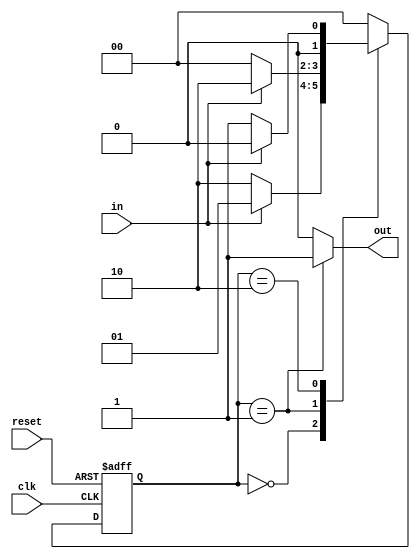
module MooreStateMachine (
    input clk, // Clock input
    input reset, // Reset input
    input in, // Input signal
    output reg out // Output signal
);

// Define states
parameter stateA = 2'b00;
parameter stateB = 2'b01;
parameter stateC = 2'b10;

// Define output values for each state
always @(*) begin
    case (state)
        stateA: out = 1'b0;
        stateB: out = 1'b1;
        stateC: out = 1'b0;
        default: out = 1'b0;
    endcase
end

// Define state and next state logic
reg [1:0] state, nextState;
always @(posedge clk or posedge reset) begin
    if (reset) begin
        state <= stateA;
    end else begin
        state <= nextState;
    end
end

// State transition logic based on inputs
always @(*) begin
    case (state)
        stateA: begin
            if (in) begin
                nextState = stateB;
            end else begin
                nextState = stateC;
            end
        end
        stateB: begin
            if (in) begin
                nextState = stateC;
            end else begin
                nextState = stateA;
            end
        end
        stateC: begin
            if (in) begin
                nextState = stateA;
            end else begin
                nextState = stateB;
            end
        end
        default: nextState = stateA;
    endcase
end

endmodule